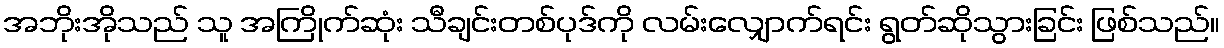
အဘိုးအိုသည် သူ အကြိုက်ဆုံး သီချင်းတစ်ပုဒ်ကို လမ်းလျှောက်ရင်း ရွတ်ဆိုသွားခြင်း ဖြစ်သည်။